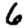
Digit: 6